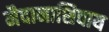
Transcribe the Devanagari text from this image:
मैदानाशिवाय